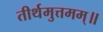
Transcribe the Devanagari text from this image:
तीर्थमुत्तमम्‌॥